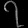
Digit: ၇